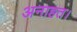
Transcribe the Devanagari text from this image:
अनाहत।